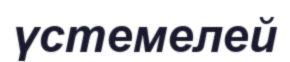
үстемелей